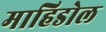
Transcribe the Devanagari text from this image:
माहिडोल